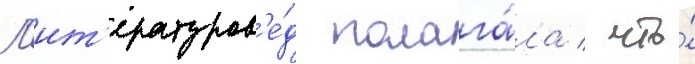
Л'ит'ературов'е́д полага́ла / что́